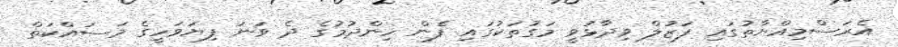
އެރަސްމިއްޔާތުގައި ފަޒުލް ވިދާޅުވީ މަގުތަކުގައި ފެން ހިންދުމުގެ ދެ ވަނަ ފިޔަވަހީގެ މަސައްކަތް